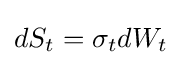
dS_{t}=\sigma _{t}dW_{t}